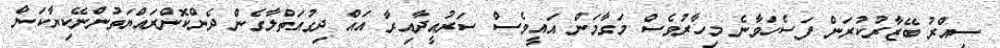
ސިއްރު ބޭޒާރުކުރަން ފަސެހަވާނެ މިހާރުވެސް މަގާމަން އައީވެސް ސަރުއީދާއިރާ އައް ދިގުއަތްލާގެން ދެންކޮންރައްޔަތުންނޭކިޔާކަން